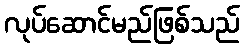
လုပ်ဆောင်မည်ဖြစ်သည်